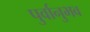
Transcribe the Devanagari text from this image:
पुर्वानुभव